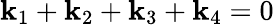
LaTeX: \mathbf{k}_{1}+\mathbf{k}_{2}+\mathbf{k}_{3}+\mathbf{k}_{4}=0